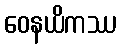
ဝေနယိကဿ